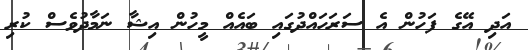
އަދި އޭގެ ފަހުން އެ ސަރަހައްދުގައި ބައެއް މީހުން އިޝާ ނަމާދުވެސް ކުރި